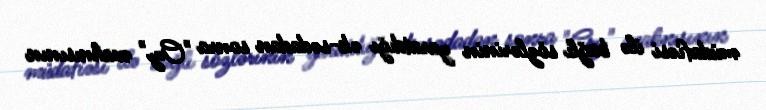
müdafiəsi ilə bağlı sözlərinin yaratdığı ək-sədadan sonra "Cry" mahnısının